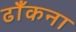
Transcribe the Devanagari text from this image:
ढाँकना